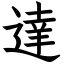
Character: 達